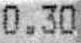
0.30